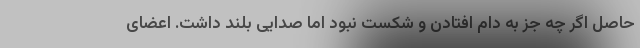
حاصل اگر چه جز به دام افتادن و شکست نبود اما صدایی بلند داشت. اعضای